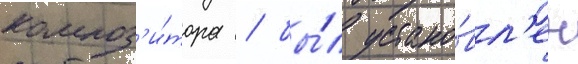
композ'и́тора / бы́л устано́вл'ен